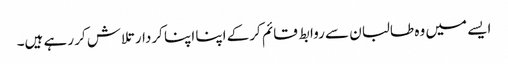
ایسے میں وہ طالبان سے روابط قائم کرکے اپنا اپنا کردار تلاش کر رہے ہیں۔